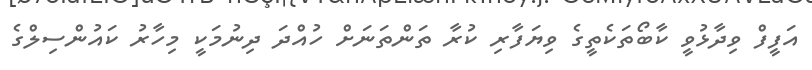
އަފީފް ވިދާޅުވީ ކާބޯތަކެތީގެ ވިޔަފާރި ކުރާ ތަންތަނަށް ހުއްދަ ދިނުމަކީ މިހާރު ކައުންސިލްގެ